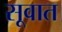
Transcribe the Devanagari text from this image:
सूवात